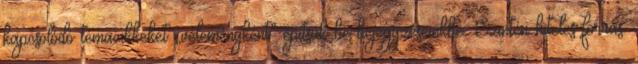
kapcsolódó témacikkeket „véleményként” építsük be bejegyzéseinkbe. Szintén hiteles forrás.